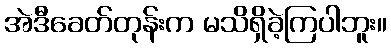
အဲဒီခေတ်တုန်းက မသိရှိခဲ့ကြပါဘူး။